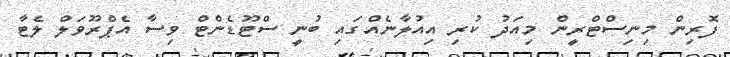
ފޮރިން މިނިސްޓްރީން މިއަދު ކުރި އިއުލާނެއްގައި ބުނީ ސްޓޫޑެންޓް ވިސާ އެޕްރޫވަލް ލެޓާ